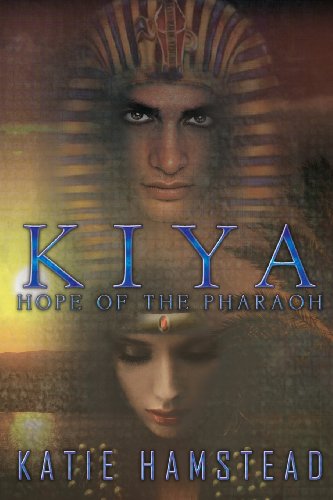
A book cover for Kiya: Hope of the Pharaoh; Katie Hamstead; Romance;